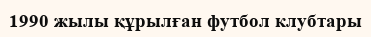
1990 жылы құрылған футбол клубтары